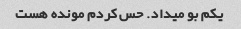
یکم بو میداد. حس کردم مونده هست